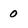
Character: 0